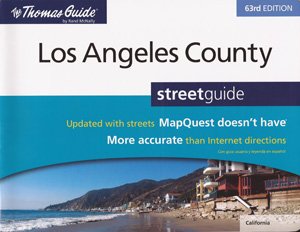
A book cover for Thomas Guide Los Angeles County, 63rd Edition; Rand McNally; Reference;